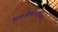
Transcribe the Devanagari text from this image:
शिवाजीमहाराजांबर